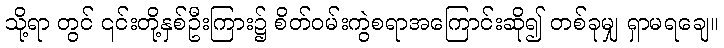
သို့ရာ တွင် ၎င်းတို့နှစ်ဦးကြား၌ စိတ်ဝမ်းကွဲစရာအကြောင်းဆို၍ တစ်ခုမျှ ရှာမရချေ။